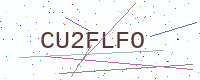
Text: CU2FLFO